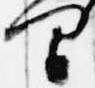
間